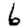
Digit: 6